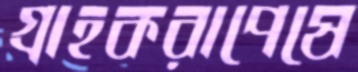
গ্রাহকরাপেষে